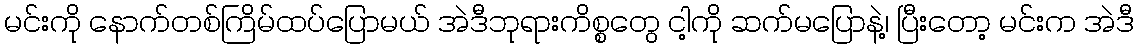
မင်းကို နောက်တစ်ကြိမ်ထပ်ပြောမယ် အဲဒီဘုရားကိစ္စတွေ ငါ့ကို ဆက်မပြောနဲ့၊ ပြီးတော့ မင်းက အဲဒီ